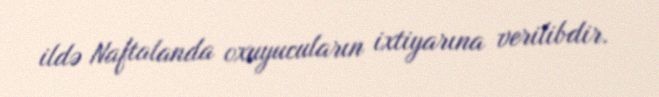
ildə Naftalanda oxuyucuların ixtiyarına verilibdir.